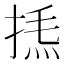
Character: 𢯁